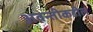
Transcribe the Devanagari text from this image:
अवन्तीकडील